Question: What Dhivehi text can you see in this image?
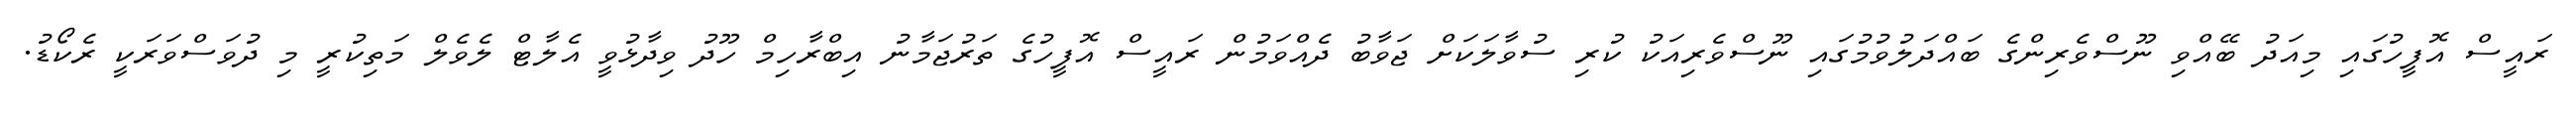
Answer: ރައީސް އޮފީހުގައި މިއަދު ބޭއްވި ނޫސްވެރިންގެ ބައްދަލުވުމުގައި ނޫސްވެރިއަކު ކުރި ސުވާލަކަށް ޖަވާބު ދެއްވަމުން ރައީސް އޮފީހުގެ ތަރުޖަމާނު އިބްރާހިމް ހޫދު ވިދާޅުވީ އެލާޓް ލެވެލް މަތިކުރީ މި ދުވަސްވަރަކީ ރެކޯޑު.